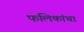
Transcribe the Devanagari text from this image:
फलिकांचा